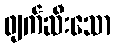
ဖျက်ဆီးသော